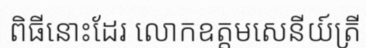
ពិធីនោះដែរ លោកឧត្តមសេនីយ៍ត្រី